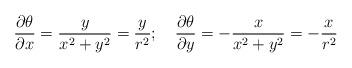
LaTeX: \begin{align*}\frac{\partial\theta}{\partial x}=\frac{y}{x^2+y^2}=\frac{y}{r^2};~~~\frac{\partial\theta}{\partial y}=-\frac{x}{x^2+y^2}=-\frac{x}{r^2}\end{align*}